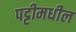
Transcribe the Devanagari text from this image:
पट्टीमधील